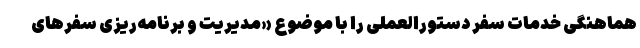
هماهنگی خدمات سفر دستورالعملی را با موضوع «مدیریت و برنامه‌ریزی سفرهای